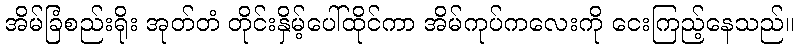
အိမ်ခြံစည်းရိုး အုတ်တံ တိုင်းနှိမ့်ပေါ်ထိုင်ကာ အိမ်ကုပ်ကလေးကို ငေးကြည့်နေသည်။